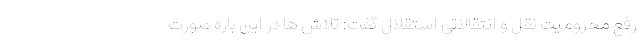
رفع محرومیت نقل و انتقالاتی استقلال گفت: تلاش ها در این باره صورت